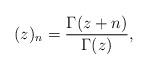
LaTeX: \begin{align*} (z)_n = \frac{\Gamma(z+n)}{\Gamma(z)},\end{align*}